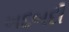
ખદબદી